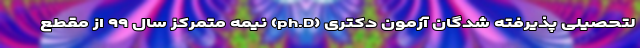
لتحصیلی پذیرفته شدگان آزمون دکتری (ph.D) نیمه متمرکز سال ۹۹ از مقطع